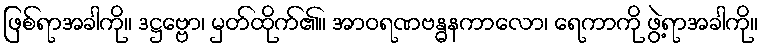
ဖြစ်ရာအခါကို။ ဒဋ္ဌဗ္ဗော၊ မှတ်ထိုက်၏။ အာဝရဏဗန္ဓနကာလော၊ ရေကာကို ဖွဲ့ရာအခါကို။